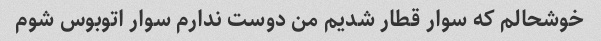
خوشحالم که سوار قطار شدیم من دوست ندارم سوار اتوبوس شوم